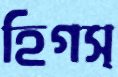
হিগস্